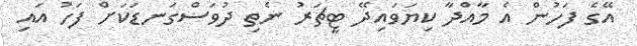
އޭގެ ފަހުން އެ މާއްދާ ކިޔަވައިދޭ ޓީޗަރު ނެތި ދުވަސްގަނޑަކަށް ފަހު އައި